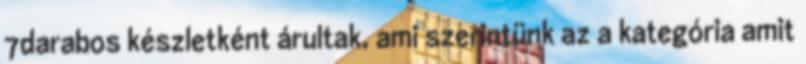
7darabos készletként árultak, ami szerintünk az a kategória amit